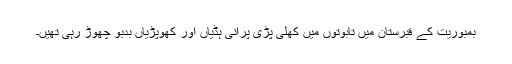
بمبوریت کے قبرستان میں تابوتوں میں کھلی پڑی پرانی ہڈیاں اور کھوپڑیاں بدبو چھوڑ رہی تھیں۔